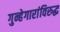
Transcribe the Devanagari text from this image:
गुन्हेगारांविरुद्ध